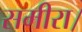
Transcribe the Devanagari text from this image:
समीरा।